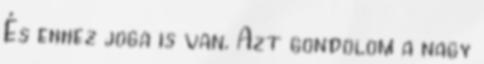
És ehhez joga is van. Azt gondolom a nagy